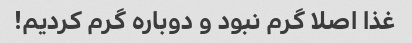
غذا اصلا گرم نبود و دوباره گرم کردیم!